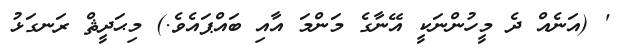
' (އަނެއް ދެ މީހުންނަކީ އޭނާގެ މަންމަ އާއި ބައްޕައެވެ.) މިޙަދީޘް ރަނގަޅު